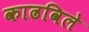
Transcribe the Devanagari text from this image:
काढविले